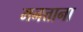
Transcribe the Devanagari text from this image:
मनत्ताना